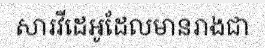
សារវីដេអូដែលមានរាងជា